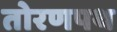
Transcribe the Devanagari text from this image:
तोरणपथ